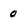
Character: 0